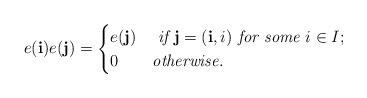
LaTeX: \begin{align*}e(\mathbf{i})e(\mathbf{j})=\begin{cases}e(\mathbf{j}) &\textit{ if }\mathbf{j}=(\mathbf{i},i) \textit{ for some }i\in I;\\0 &\textit{otherwise}.\end{cases}\end{align*}